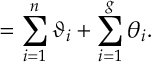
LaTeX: \O = \sum _ { i = 1 } ^ { n } { \vartheta _ { i } } + \sum _ { i = 1 } ^ { g } { \theta _ { i } } .